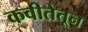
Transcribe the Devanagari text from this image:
कवीतेतून